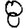
Digit: 8